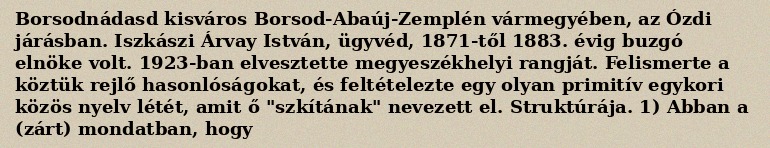
Borsodnádasd kisváros Borsod-Abaúj-Zemplén vármegyében, az Ózdi járásban. Iszkászi Árvay István, ügyvéd, 1871-től 1883. évig buzgó elnöke volt. 1923-ban elvesztette megyeszékhelyi rangját. Felismerte a köztük rejlő hasonlóságokat, és feltételezte egy olyan primitív egykori közös nyelv létét, amit ő "szkítának" nevezett el. Struktúrája. 1) Abban a (zárt) mondatban, hogy